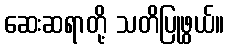
ဆေးဆရာတို့ သတိပြုဖွယ်။